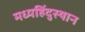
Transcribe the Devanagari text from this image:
मध्यहिंदुस्थान